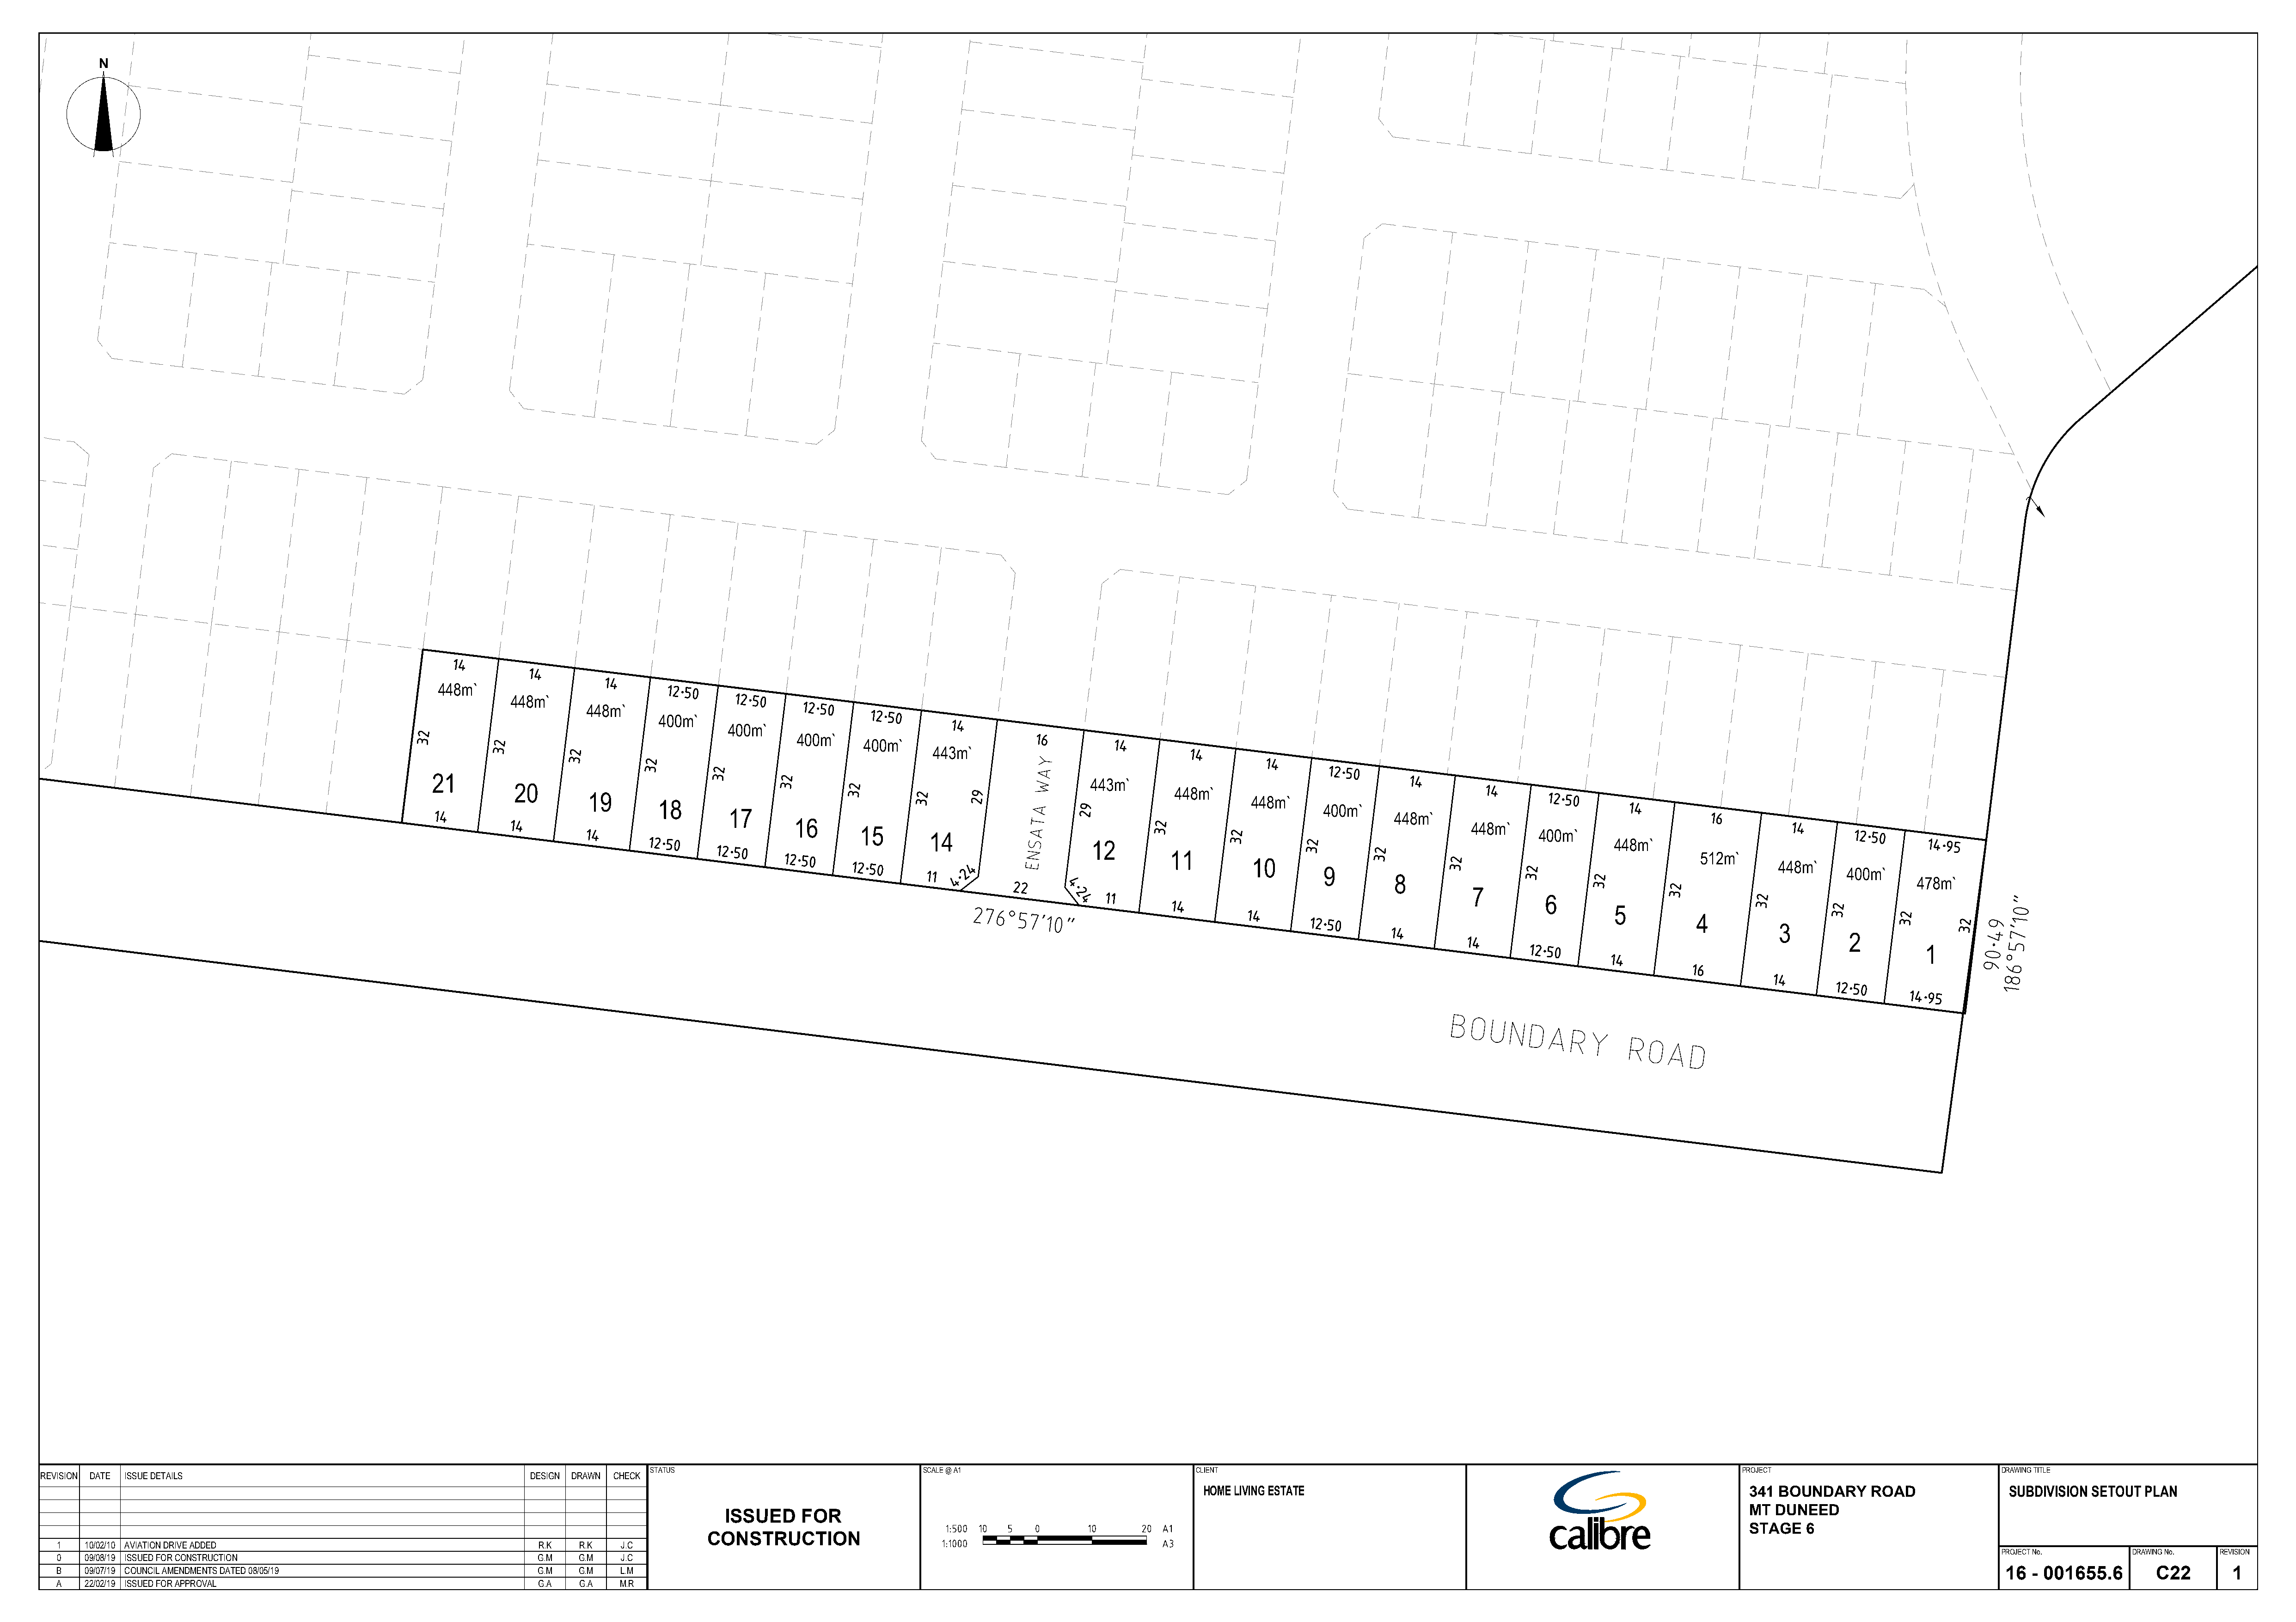
N
 448m`
 448m`
 448m`
 400m`
 400m`
 400m`
 400m`
 443m`
 21
 443m`
 20
 448m`
 19
 448m`
 18
 400m`
 17
 448m`
 16
 448m`
 15
 14                                                                                     400m`
 12                                                                         448m`
 11                                                                          512m`
 10
 448m`
 9                                                                          400m`
 8
 478m`
 7
 6
 5
 4
 3
 2
 1
 STATUS                                 SCALE @ A1                             CLIENT                                                                        PROJECT                               DRAWING TITLE
 RREEVVIISSIIOONN DDAATTEE IISSSSUUEE DDEETTAAIILLSS                   DDEESSIIGGNN DDRRAAWWNN CCHHEECCKK
 HOME LIVING ESTATE                                                             341 BOUNDARY     ROAD                SUBDIVISION SETOUT PLAN
 MT DUNEED
 ISSUED     FOR
 STAGE   6
 CONSTRUCTION
 1   100210 AVIATION DRIVE ADDED                                      R.K   R.K   J.C
 PROJECT No.       DRAWING No.  REVISION
 0   090819 ISSUED FOR CONSTRUCTION                                   G.M   G.M   J.C
 B   090719 COUNCIL AMENDMENTS DATED 080519                           G.M   G.M   L.M                                                                                                                                                                                                   16  - 001655.6        C22        1
 A   220219 ISSUED FOR APPROVAL                                       G.A   G.A   M.R